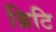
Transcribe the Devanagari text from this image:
ब्रिटि